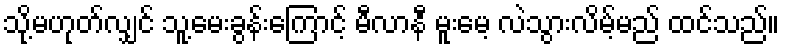
သို့မဟုတ်လျှင် သူ့မေးခွန်းကြောင့် မီလာနီ မူးမေ့ လဲသွားလိမ့်မည် ထင်သည်။